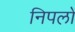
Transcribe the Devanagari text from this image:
निपलों